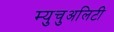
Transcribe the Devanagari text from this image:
म्युचुअलिटी